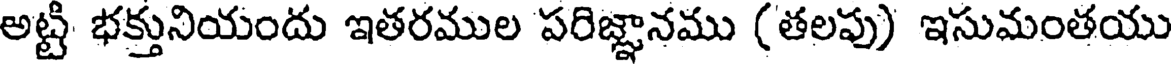
అట్టి భక్తునియందు ఇతరముల పరిజ్ఞానము (తలపు) ఇసుమంతయు